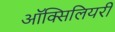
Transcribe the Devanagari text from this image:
ऑक्सिलियरी